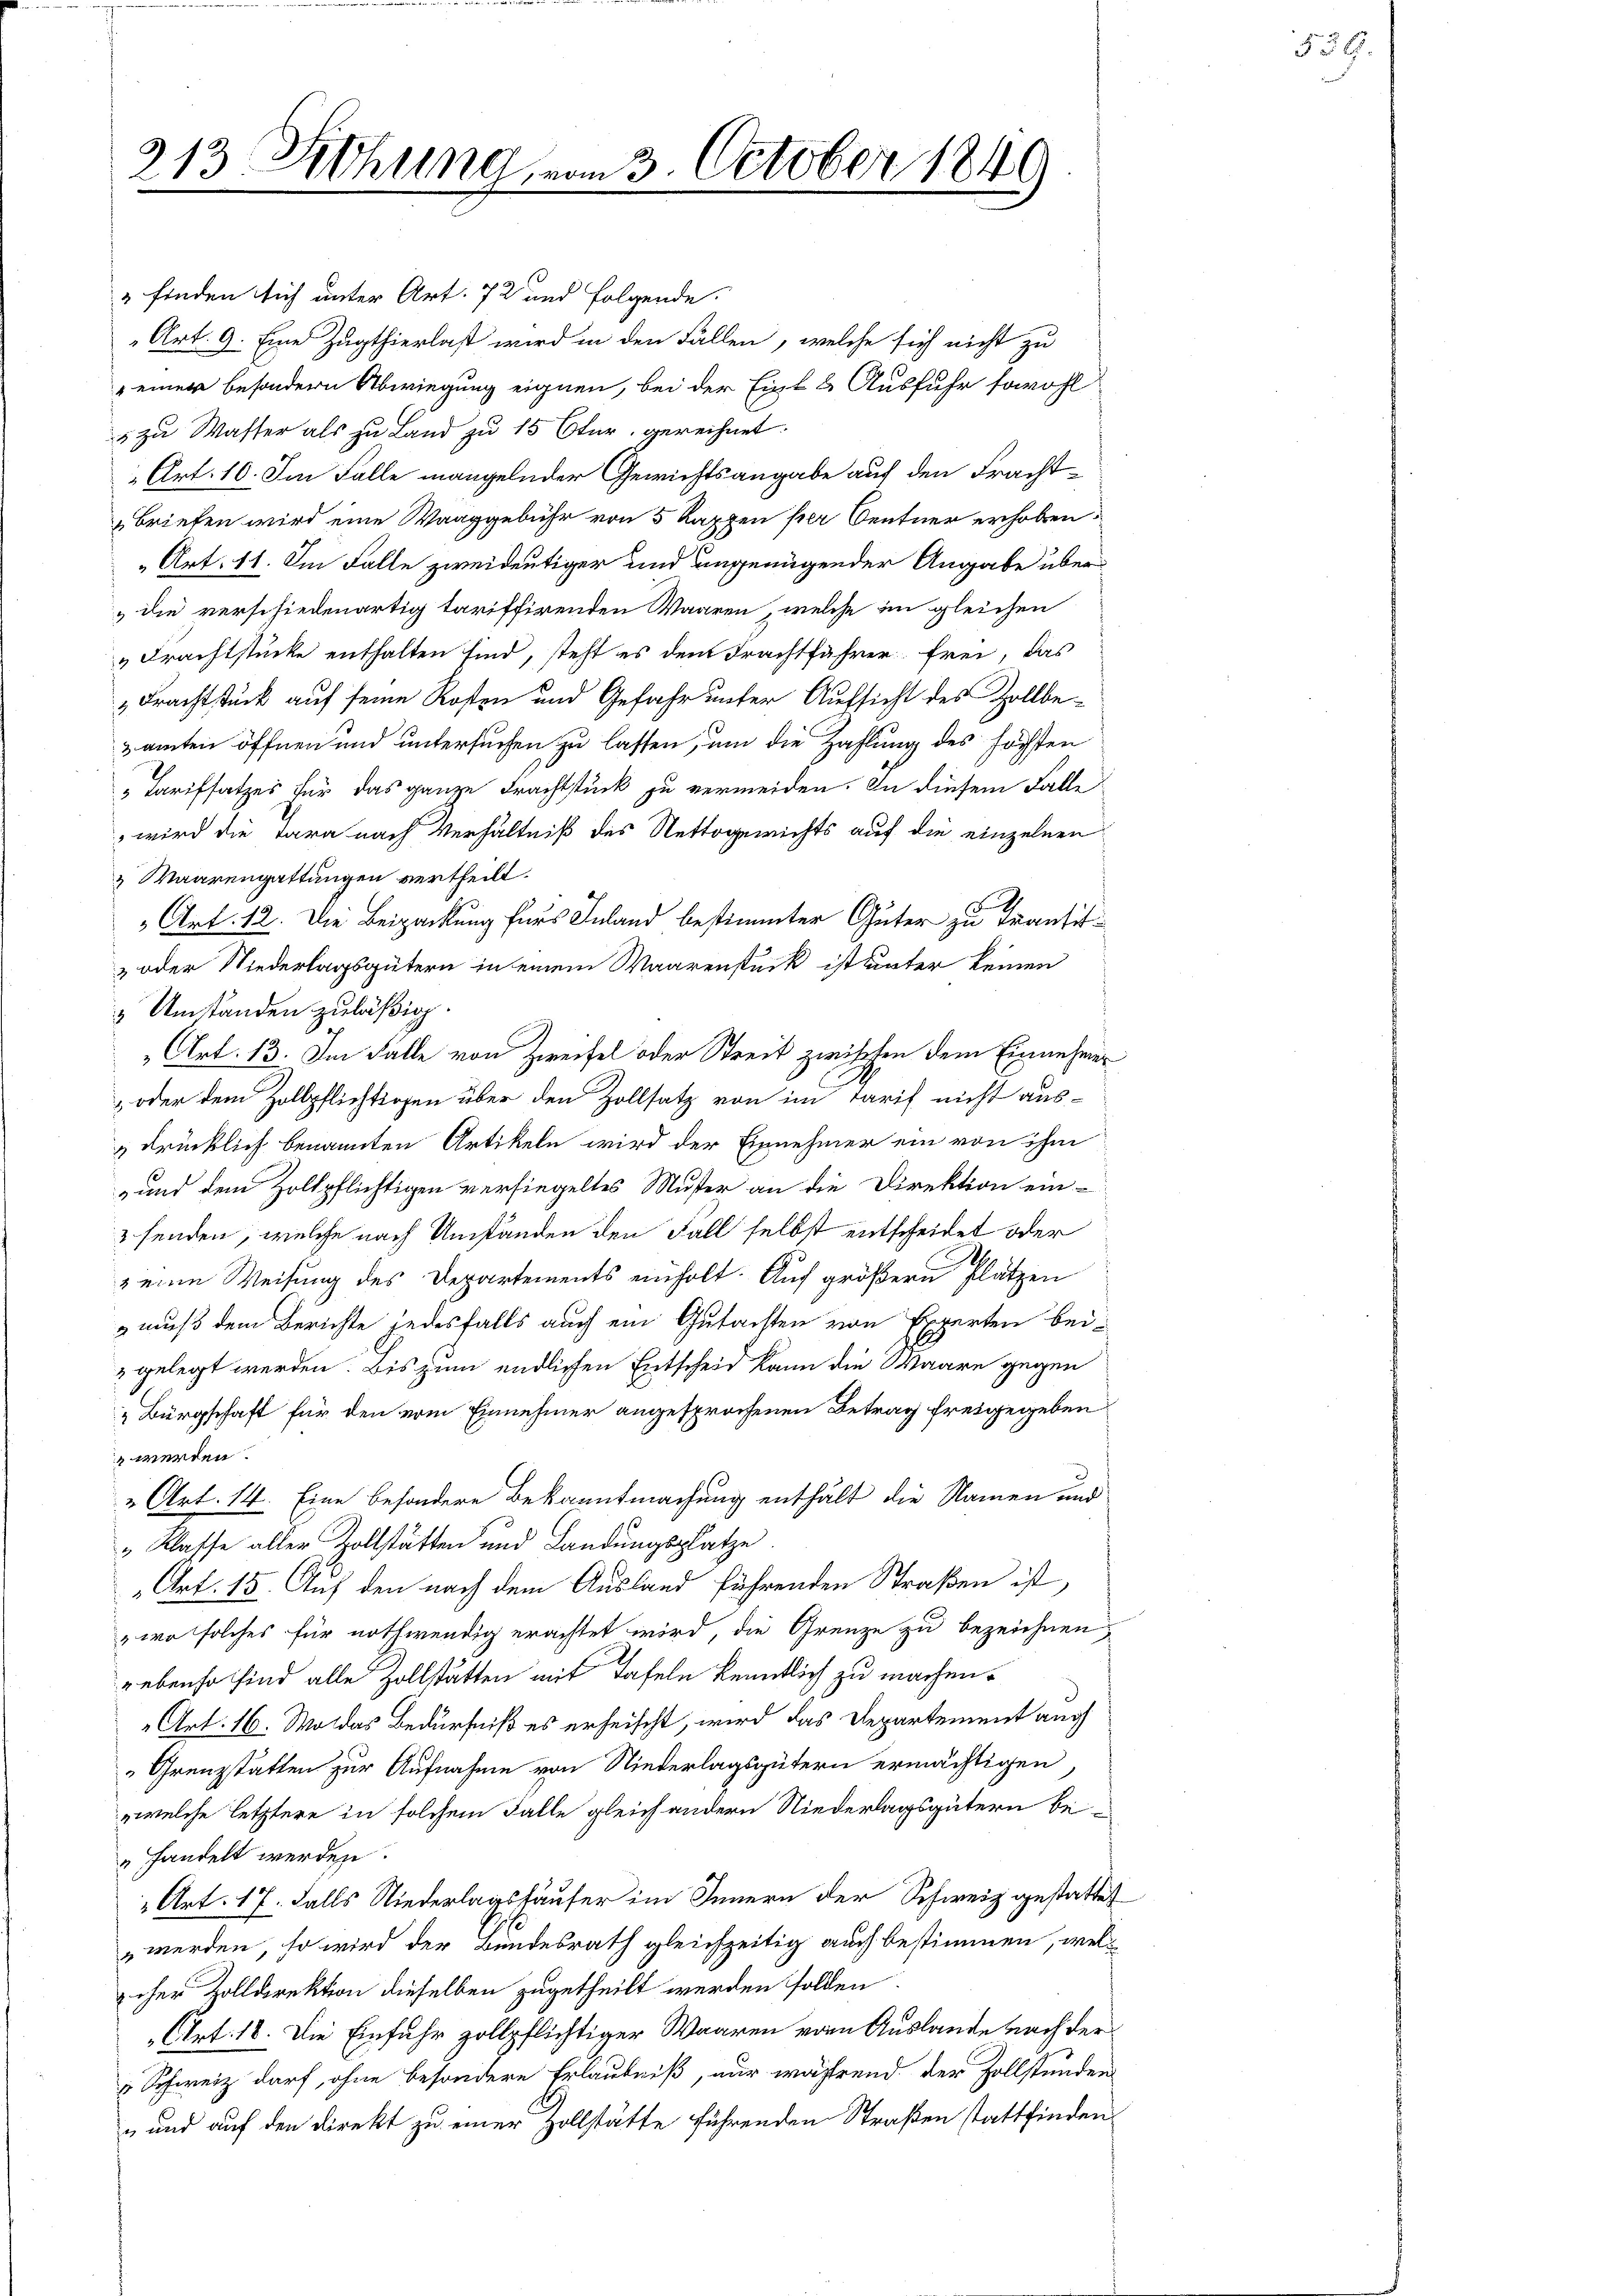
313 Sitzung vom 3. October 1849

finden sich unter Art. 72 und folgende
Art. 9. Eine Zugthierlast wird in den Fällen, welche sich nicht zu
einer besondern Abwiegung eignen, bei der Eint & Ausfuhr sowohl
 zu Waster als zu Land zu 15 Ctur, gereichnet.
Art. 10. Im Falle mangelnder Gewichtsangabe auf den Frachtbriefen wird eine Waaggebühr von 5 Rappen per Centner erhoben,
Art. 11. Im Falle zweideutiger und ungenügender Angabe über
die verschiedenartig tariffirenden Waaren, welche im gleichen
„Frachtstücke enthalten sind, steht es dem Frachtfahrer frei, das
Frachtstück auf seine Kosten und Gefahr unter Aufsicht des Zollbezamten öffnen und untersuchen zu lassen, um die Zahlung des höchsten
"Tarifsatzes für das ganze Frachtstück zu vermeiden. In diesem Falle
wird die Tara nach Verhältniß des Nettogewichts auf die einzelnen
& Waarengattungen vertheilt.
F
„Art. 12. Die Beipackung fürs Inland bestimmter Güter zu transit
& oder Niederlagsgütern in einem Waarenstück ist unter keinen
 Umständen zuläßig.
Art. 13. Im Falle von Zweifel oder Streit zwischen dem Einnehmer
 oder dem Zollpflichtlosen über den Zollsatz von im Tarif nicht aus¬
& drücklich benannten Artikeln wird der Einnehmer ein von ihm
 und dem Zollpflichtigen versiegeltes Muster an die Direktion ein-
 senden, welche nach Umständen den Fall selbst entscheidet oder
 eine Weisung des Departements einholt. Auf größern Plätzen
muß dem Berichte jedesfalls auch ein Gutachten von Experten beigelegt werden. Bis zum endlichen Entscheid kann die Waare gegen
„Bürgschaft für den vom Einnehmer angesprochenen Betrag freigegeben
 werden.
„Art. 14. Eine besondere Bekanntmachung enthält die Namen und
„Klasse aller Zollstätten und Landungsplatze
Art. 15. Auf den nach dem Ausland führenden Straßen ist,
wo solches für nothwendig erachtet wird, die Grenze zu bezeichnen,
gebenso sind alle Zollstätten mit Tafeln kenntlich zu machen.
Art: 16. Wo das Bedürfniß es erheischt, wird das Departement auch
Grenzstatten zur Aufnahme von Niederlagsgütern ermächtigen,
welche letztere in solchem Falle gleich andern Niederlagsgütern behandelt werden.
 Art. 17. Falls Niederlagshäuser im Innern der Schweiz gestattet
 werden, so wird der Bundesrath gleichzeitig auch bestimmen, weloher Zolldirektion dieselben zugetheilt werden sollen.
(Art. 18. Die Einfuhr zollpflichtiger Waaren von Auslande nach der
Schweiz darf, ohne besondere Erlaubniß, nur während der Zollstunden
 und auf den Direkt zu einer Zollstätte führenden Straßen stattfinden

539.